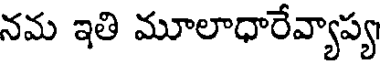
నమ ఇతి మూలాధారేవ్యాప్య